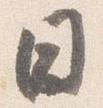
日